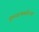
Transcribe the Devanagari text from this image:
तुलनात्मकरित्या